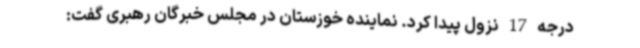
درجه 17 نزول پیدا کرد. نماینده خوزستان در مجلس خبرگان رهبری گفت: